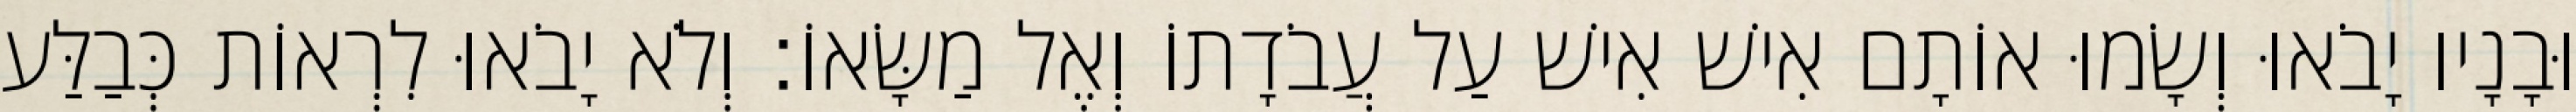
וּבָנָיו יָבֹאוּ וְשָׂמוּ אוֹתָם אִישׁ אִישׁ עַל עֲבֹדָתוֹ וְאֶל מַשָּׂאוֹ׃ וְלֹא יָבֹאוּ לִרְאוֹת כְּבַלַּע